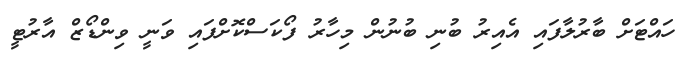
ހައްޓަށް ބާރުލާފައި އެއިރު ބުނި ބުނުން މިހާރު ފޯކަސްކޮށްފައި ވަނީ ވިންޑޯޒް އާރުޓީ